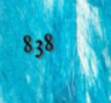
838